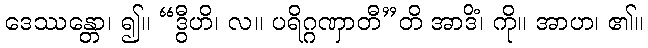
ဒေဿန္တော၊ ၍။ “ဒွီဟိ၊ လ။ ပရိဂ္ဂဏှာတီ”တိ အာဒိံ၊ ကို။ အာဟ၊ ၏။